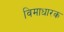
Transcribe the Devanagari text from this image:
विमाधारक